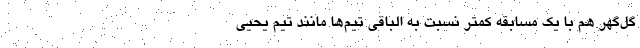
گل‌گهر هم با یک مسابقه کمتر نسبت به الباقی تیم‌ها مانند تیم یحیی